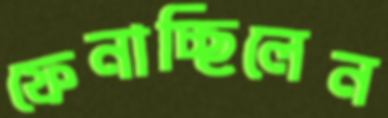
ফেনাচ্ছিলেন